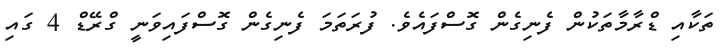
ތަކާއި ޑްރާމާތަކުން ފެނިގެން ގޮސްފައެވެ. ފުރަތަމަ ފެނިގެން ގޮސްފައިވަނީ ގްރޭޑް 4 ގައި